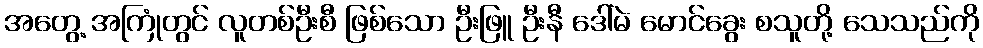
အတွေ့ အကြုံတွင် လူတစ်ဦးစီ ဖြစ်သော ဦးဖြူ ဦးနီ ဒေါ်မဲ မောင်ခွေး စသူတို့ သေသည်ကို